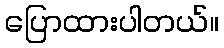
ပြောထားပါတယ်။